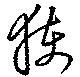
獲